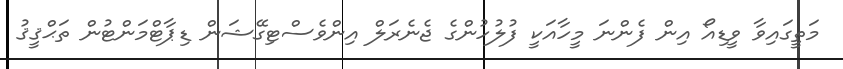
މަތީގައިވާ ވީޑިއޯ އިން ފެންނަ މީހާއަކީ ފުލުހުންގެ ޖެނެރަލް އިންވެސްޓިގޭޝަން ޑިޕާޓްމަންޓުން ތަޙްޤީޤު